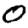
Digit: 0